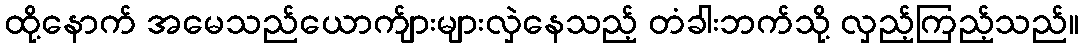
ထို့နောက် အမေသည်ယောက်ျားများလှဲနေသည့် တံခါးဘက်သို့ လှည့်ကြည့်သည်။